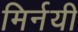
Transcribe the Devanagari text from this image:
मिर्नयी